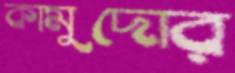
কামুদোর